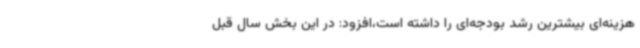
هزینه‌ای بیشترین رشد بودجه‌ای را داشته است،افزود: در این بخش سال قبل